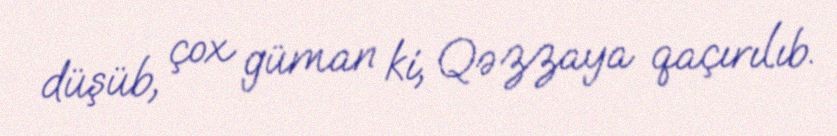
düşüb, çox güman ki, Qəzzaya qaçırılıb.